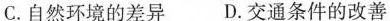
C.自然环境的差异 D.交通条件的改善